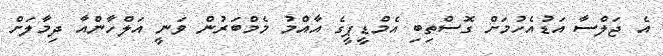
އެ ޖަލްސާ އަޑުއެހުމަށް ގޮސްތިބި އެމްޑީޕީގެ އާއްމު މެމްބަރުން ވަނީ އަލްހާންއާ ދިމާލަށް